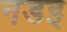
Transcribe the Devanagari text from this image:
नडइ